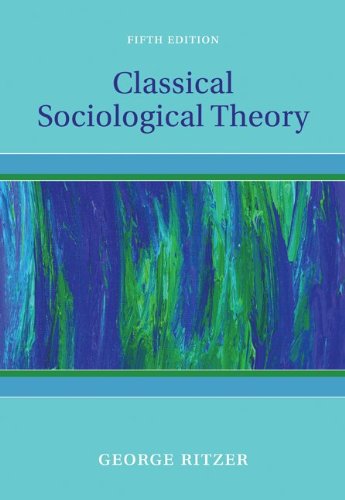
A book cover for Classical Sociological Theory; George Ritzer; Politics & Social Sciences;